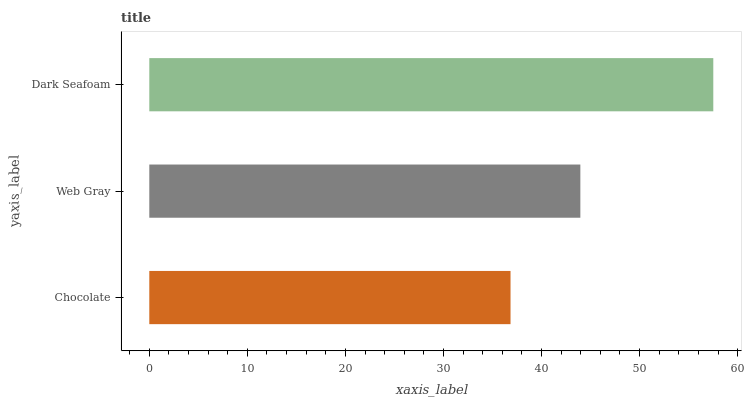
| yaxis_label | bars |
 | --- | --- |
 | Chocolate | 36.8 |
 | Web Gray | 44 |
 | Dark Seafoam | 57.5 |